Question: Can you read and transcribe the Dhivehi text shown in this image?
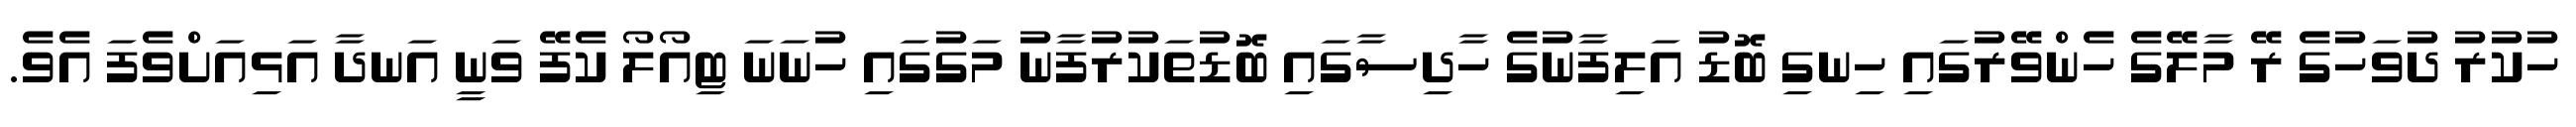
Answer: ހުކުރު ދުވަހުގެ ރޭ މާލޭގެ ހެންވޭރުގައި ހިނގި ބޮޑު އަލިފާނުގެ ހާދިސާގައި ބޮޑުތަކުރުފާނު މަގުގައި ހުނަނަ ޓިއޯލޯ ކެފޭ ވަނީ އަނދާ އަޅިއަށްވެފަ އެވެ.